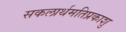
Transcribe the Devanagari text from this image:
सकलार्थमतिप्रकाशु